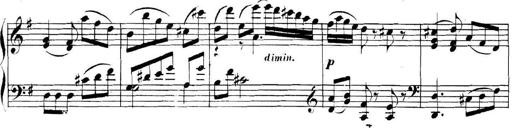
Title: Collected Piano Sonatas
Composer: Muzio Clementi